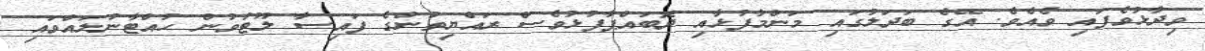
ވިދާޅުވެފައި ވެއެވެ. އޭގެ ބަދަލުގައި މަންމާފުޅާއި ދޮބައްޕާފުޅުވެސް ރައްޔިތުންގެ ފައިސާ ލޫޓުވުން ހުއްޓާނުލައްވައި